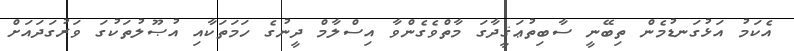
އެކަމު އަޅުގަނޑުމެން ތިބޭނީ ސާބިތުޢަޤީދާގަ މާތްވެގެންވާ އިސްލާމް ދީނުގެ ހަމަތަކާއި އުޞޫލުތަކުގަ ވަރުގަދައަށް